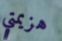
هزيمتي